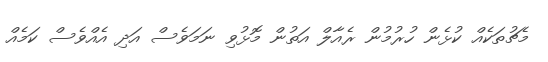
މެޗުތަކެއް ކުޅެން ހުރުމުން ރެއާލް އަތުން މޮޅުވި ނަމަވެސް އަދި އެއްވެސް ކަމެއް